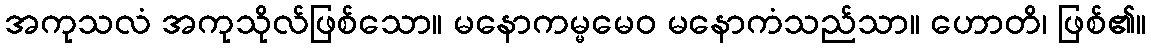
အကုသလံ အကုသိုလ်ဖြစ်သော။ မနောကမ္မမေဝ မနောကံသည်သာ။ ဟောတိ၊ ဖြစ်၏။